Scottish Certificate of Education, 1962
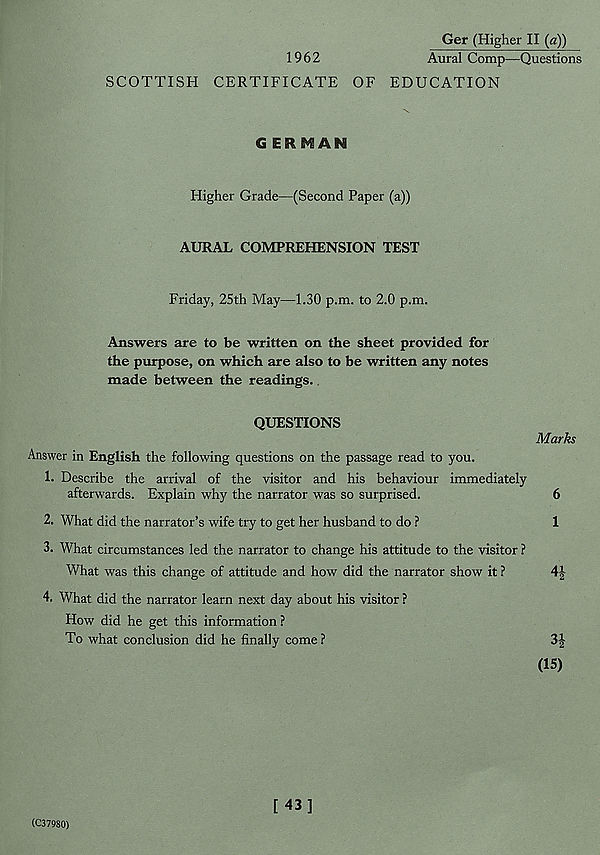
Ger (Higher II (a))
1962
Aural Comp—Questions
SCOTTISH CERTIFICATE OF EDUCATION
G ERMAN
Higher Grade—(Second Paper (a))
AURAL COMPREHENSION TEST
Friday, 25th May—1.30 p.m. to 2.0 p.m.
Answers are to be written on the sheet provided for
the purpose, on which are also to be written any notes
made between the readings.
QUESTIONS
Answer in English the following questions on the passage read to you.
1. Describe the arrival of the visitor and his behaviour immediately
afterwards. Explain why the narrator was so surprised.
2. What did the narrator’s wife try to get her husband to do ?
3. What circumstances led the narrator to change his attitude to the visitor ?
What was this change of attitude and how did the narrator show it ?
Marks
6
1
4i
4. What did the narrator learn next day about his visitor ?
How did he get this information?
To what conclusion did he finally come ?
3|
(15)
(C37980)
[43]